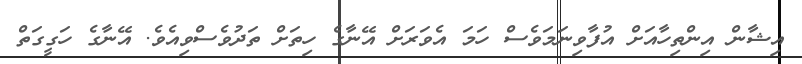
އިޝާން އިންތިހާއަށް އުފާވިނަމަވެސް ހަމަ އެވަރަށް އޭނާގެ ހިތަށް ތަދުވެސްވިއެވެ. އޭނާގެ ހަގީގަތް